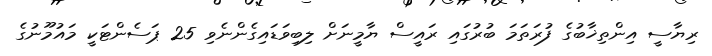
ރިޔާސީ އިންތިޚާބުގެ ފުރަތަމަ ބުރުގައި ރައީސް ޔާމީނަށް ލިބިވަޑައިގެންނެވި 25 ޕަސެންޓަކީ މައުމޫނުގެ